Scottish Leaving Certificate Examination, 1961
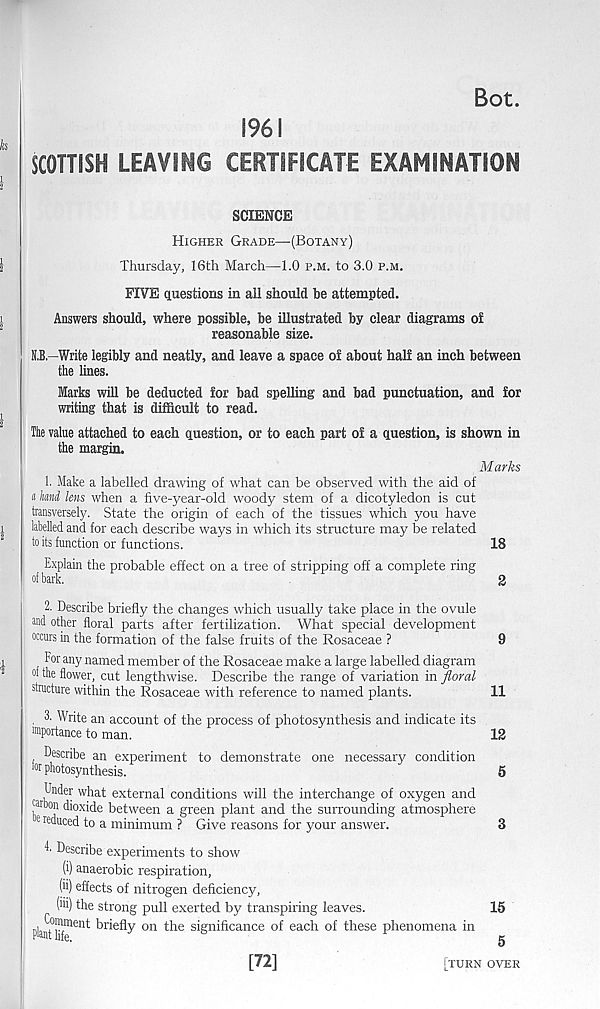
Bot.
1961
SCOTTISH LEAVING CERTIFICATE EXAMINATION
SCIENCE
Higher Grade—(Botany)
Thursday, 16th March—1.0 p.m. to 3.0 p.m.
FIVE questions in all should be attempted.
Answers should, where possible, be illustrated by clear diagrams of
reasonable size.
B.B.—Write legibly and neatly, and leave a space of about half an inch between
the lines.
Marks will be deducted for bad spelling and bad punctuation, and for
writing that is difficult to read.
The value attached to each question, or to each part of a question, is shown in
the margin.
Marks
1. Make a labelled drawing of what can be observed with the aid of
«Jmd lens when a five-year-old woody stem of a dicotyledon is cut
transversely. State the origin of each of the tissues which you have
labelled and for each describe ways in which its structure may be related
to its function or functions.
18
Explain the probable effect on a tree of stripping off a complete ring
of bark.
2
2. Describe briefly the changes which usually take place in the ovule
and other floral parts after fertilization. What special development
occurs in the formation of the false fruits of the Rosaceae ?
9
For any named member of the Rosaceae make a large labelled diagram
of the flower, cut lengthwise. Describe the range of variation in floral
structure within the Rosaceae with reference to named plants.
11
. 3. Write an account of the process of photosynthesis and indicate its
“nportance to man.
12
Describe an experiment to demonstrate one necessary condition
w photosynthesis.
5
Under what external conditions will the interchange of oxygen and
®Don dioxide between a green plant and the surrounding atmosphere
e reduced to a minimum ? Give reasons for your answer.
3
E Describe experiments to show
(i) anaerobic respiration,
(ii) effects of nitrogen deficiency,
(i'i) the strong pull exerted by transpiring leaves.
15
plantTf™ 6111 briefly 011
s ig n ifi cance 0: f eac D °f these phenomena in
[72]
[turn over